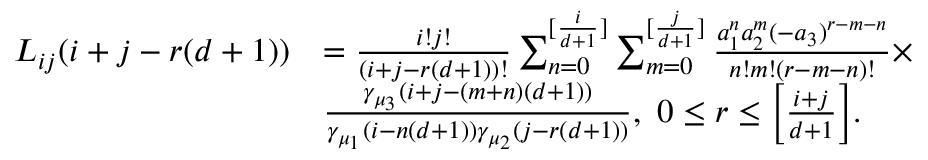
\begin{array} { r l } { L _ { i j } ( i + j - r ( d + 1 ) ) } & { = \frac { i ! j ! } { ( i + j - r ( d + 1 ) ) ! } \sum _ { n = 0 } ^ { [ \frac { i } { d + 1 } ] } \sum _ { m = 0 } ^ { [ \frac { j } { d + 1 } ] } \frac { a _ { 1 } ^ { n } a _ { 2 } ^ { m } ( - a _ { 3 } ) ^ { r - m - n } } { n ! m ! ( r - m - n ) ! } \times } \\ & { \frac { \gamma _ { \mu _ { 3 } } ( i + j - ( m + n ) ( d + 1 ) ) } { \gamma _ { \mu _ { 1 } } ( i - n ( d + 1 ) ) \gamma _ { \mu _ { 2 } } ( j - r ( d + 1 ) ) } , \ 0 \leq r \leq \Bigl [ \frac { i + j } { d + 1 } \Bigr ] . } \end{array}